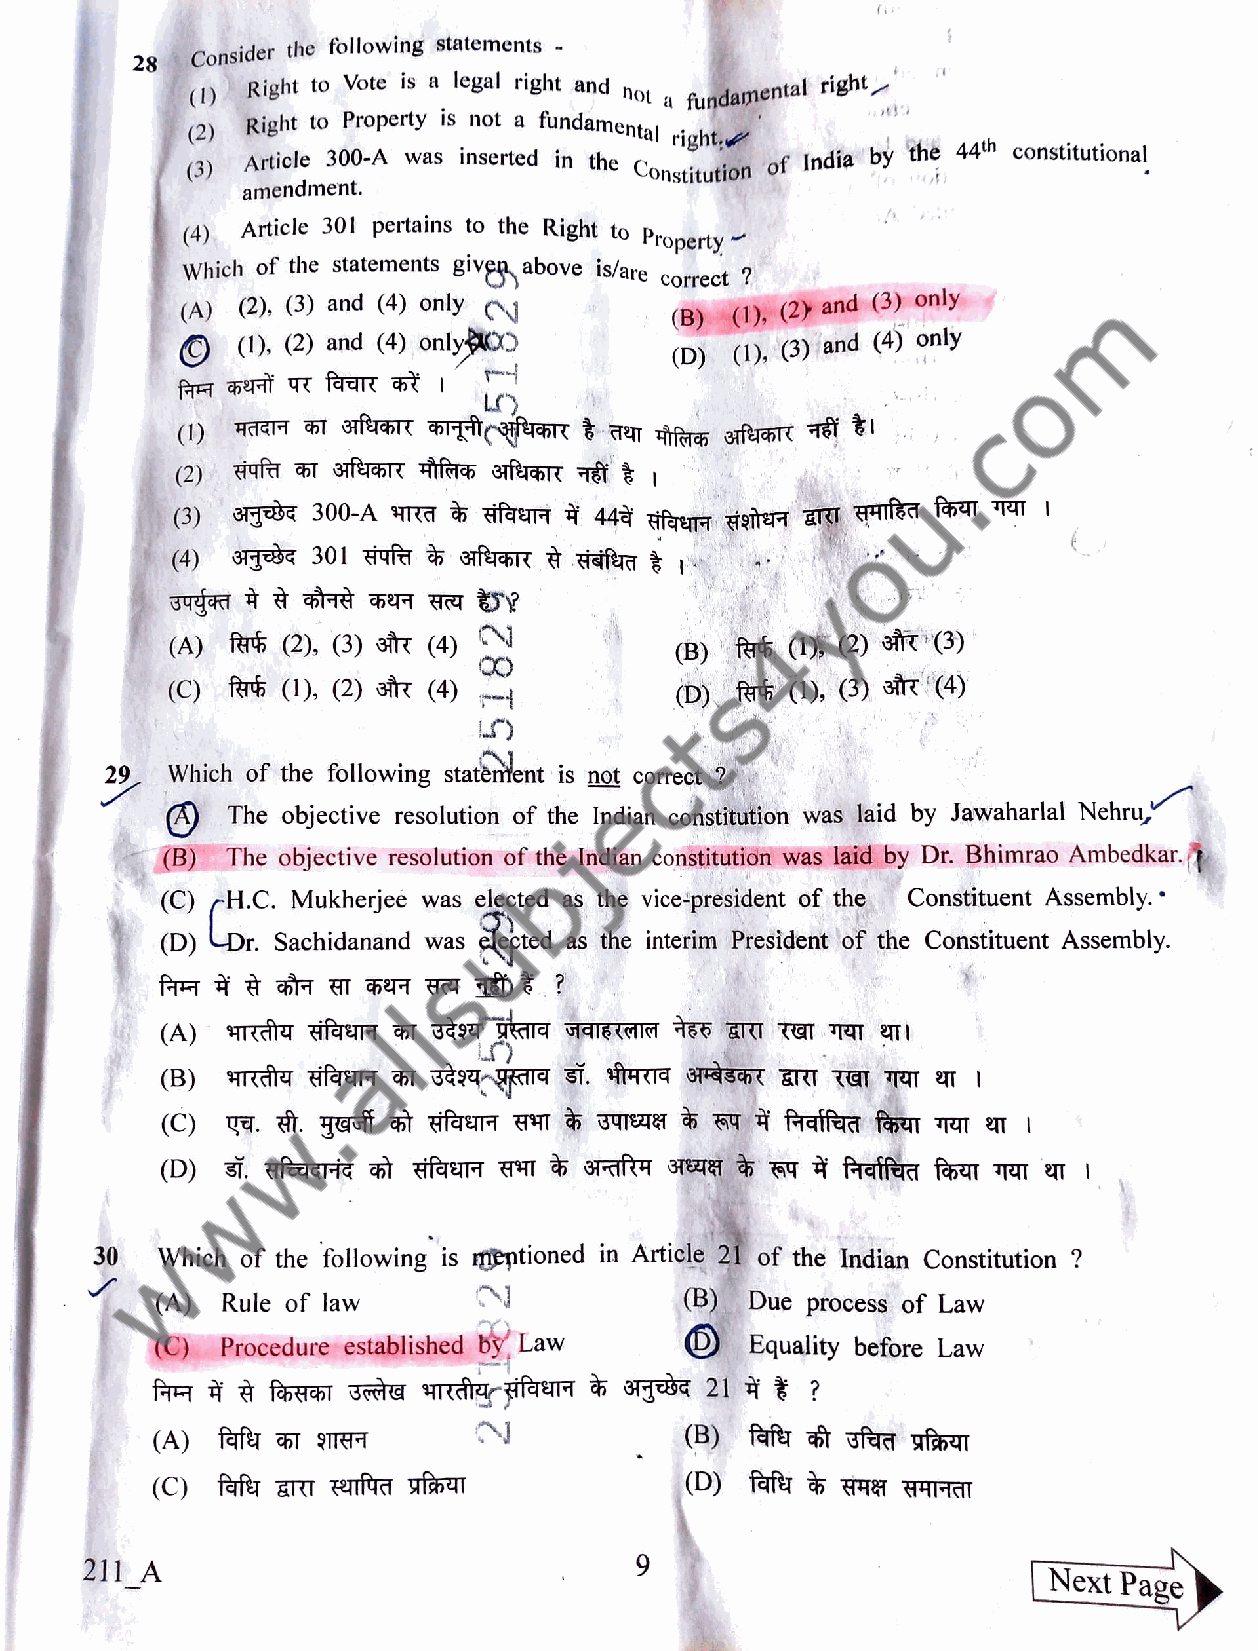
28Consider the following statements
 Right to Vote is a legal right and no
 a  fundamental right
 (1)
 Right to Property is not a fundamental
 (2)                              right,
 in the hstitution of India by the 44th constitutional
 Articl 300-A was inserted
 (3)
 amendment.
 (4) Article 301 pertains to the Right to Property
 Which of the statements given above is/are correct ?
 (A) (2), (3) and (4) only       (B) (1), (2 and (3) only
 (1). (2) and (4) onlyX)     (D) (1), (3) and (4) only
 L
 (1)
 (2)
 (3) 7Te   300-A TT   zfqeTa 44à zfter zete ar FHTE 15  T|
 (4)
 (A) fr6 (2), (3) astr (4)         (B) fr6 (1)(2) stt (3)
 (C) fe  (). (2) s (4) 4           (D) fr (1), (3) r (4)
 29  Which of the following statèntent is not correct
 The objective resolution of the Indian constitution was laid by Jawaharlal Nehru,
 (B) The objective resolution of the Indian constitution was laid by Dr. Bhimrao Ambedkar.
 (C) H.C. Mukherjee was elected as the vice-president of the Constituent Assembly.
 (D) Dr. Sachidanand was lepted as the interim President of the Constituent Assembly.
 (A)
 (B)
 C)
 (D)
 30  Which of the following is mentioned in Article 21 of the Indian Constitution ?
 (A)  Rule of law                   (B)  Due process of Law
 (C)Procedure established by Law    OEquality   before Law
 (A) faf 51SUTHT      N             (B) faru   uka stasaT
 C)  faf ari rufta ua
 211_A                                9                         Next  Page